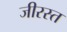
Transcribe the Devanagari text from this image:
जीरस्त